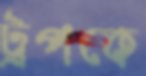
ট্রপকে